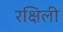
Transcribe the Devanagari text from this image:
रक्षिली